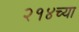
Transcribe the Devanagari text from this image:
२१४च्या